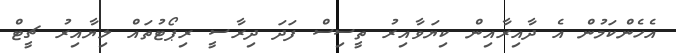
އެހެންކަމުން އެ ދާއިރާއިން ކިޔަވާއިރު ތީސިސް ފަދަ ދިރާސީ ރިޕޯޓުތައް ލިޔާއިރު ޗީޓް